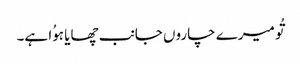
تُو میرے چاروں جانب چھایا ہوُا ہے۔